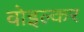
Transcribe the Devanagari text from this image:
वोइल्कर